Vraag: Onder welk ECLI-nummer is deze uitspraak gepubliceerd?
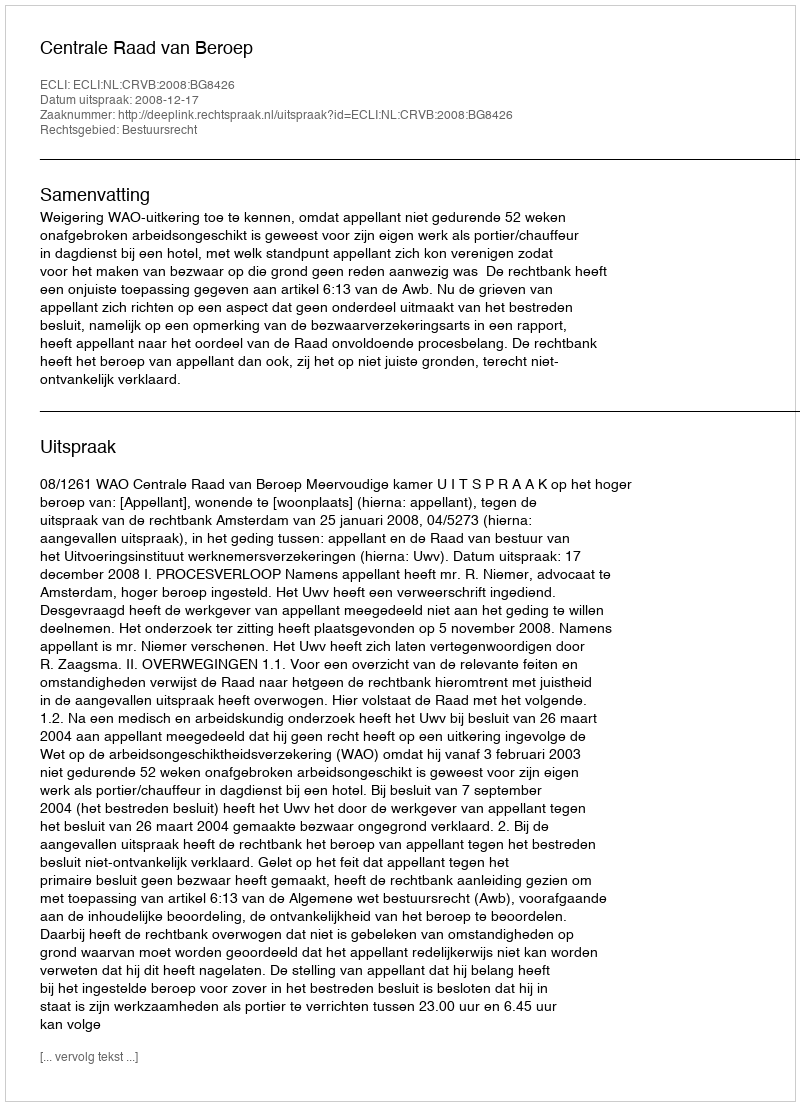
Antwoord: ECLI:NL:CRVB:2008:BG8426